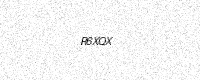
Text: R6XQX